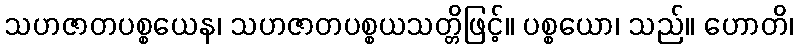
သဟဇာတပစ္စယေန၊ သဟဇာတပစ္စယသတ္တိဖြင့်။ ပစ္စယော၊ သည်။ ဟောတိ၊